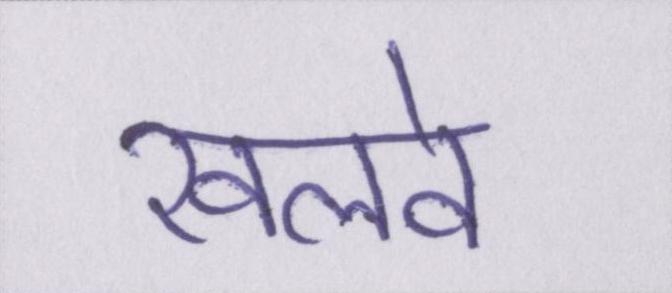
खलवे